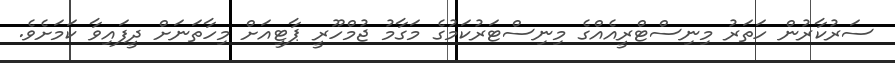
ސަރުކާރުން ހަތަރު މިނިސްޓްރީއެއްގެ މިނިސްޓަރުކަމުގެ މަގާމު ޖުމްހޫރީ ޕާޓީއަށް މިހާތަނަށް ދީފައިވާ ކަމަށެވެ.